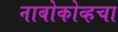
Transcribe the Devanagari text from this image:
नाबोकोव्हचा